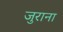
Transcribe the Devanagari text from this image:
जुराना